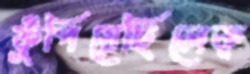
ফুঁপিয়েছিলেক্